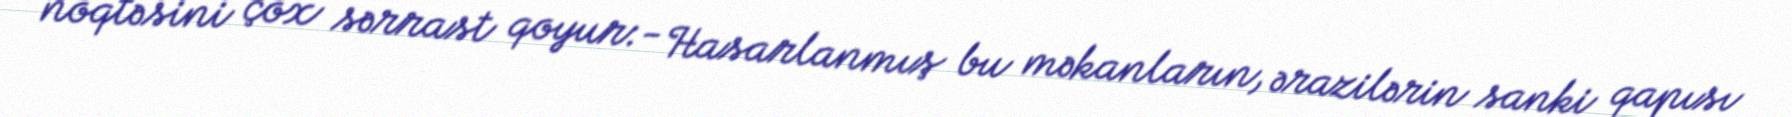
nöqtəsini çox sərrast qoyur:- Hasarlanmış bu məkanların, ərazilərin sanki qapısı